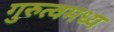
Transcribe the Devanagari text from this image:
गुरुत्वमध्य